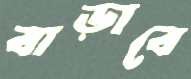
বাড়াবে